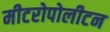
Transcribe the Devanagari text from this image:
मीटरोपोलीटन